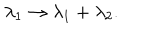
\lambda _ { 1 } \to \lambda _ { 1 } + \lambda _ { 2 } .